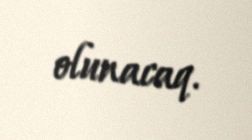
olunacaq.